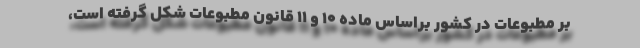
بر مطبوعات در کشور براساس ماده ۱۰ و ۱۱ قانون مطبوعات شکل گرفته است،